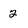
Character: 2